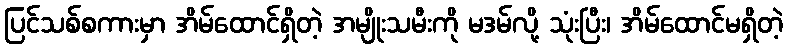
ပြင်သစ်စကားမှာ အိမ်ထောင်ရှိတဲ့ အမျိုးသမီးကို မဒမ်လို့ သုံးပြီး၊ အိမ်ထောင်မရှိတဲ့